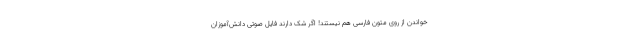
خواندن از روی متون فارسی هم نیستند! اگر شک دارند فایل صوتی دانش‌آموزان